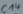
Text: C14